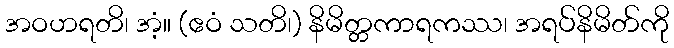
အဝဟရတိ၊ အံ့။ (ဧဝံ သတိ၊) နိမိတ္တကာရကဿ၊ အရပ်နိမိတ်ကို